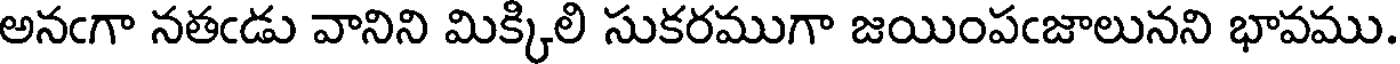
అనఁగా నతఁడు వానిని మిక్కిలి సుకరముగా జయింపఁజాలునని భావము.